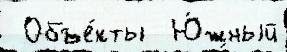
 Объе́кты  Ю́жный